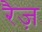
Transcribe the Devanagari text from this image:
रैज़